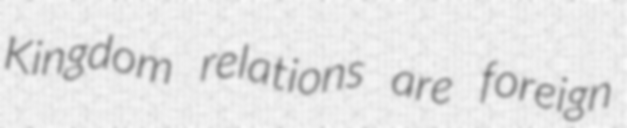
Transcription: Kingdom relations are foreign